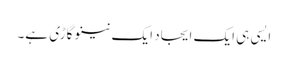
ایسی ہی ایک ایجاد ایک نینو گاڑی ہے۔